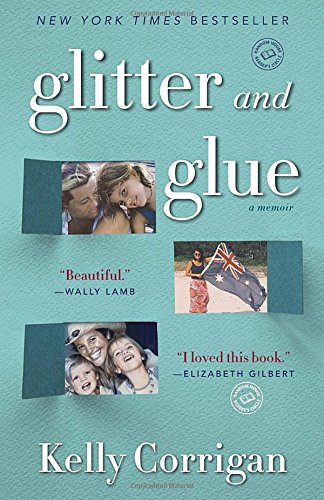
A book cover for Glitter and Glue: A Memoir; Kelly Corrigan; Parenting & Relationships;